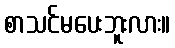
စာသင်မပေးဘူးလား။